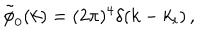
\tilde { \phi } _ { 0 } ( k ) = ( 2 \pi ) ^ { 4 } \delta ( k - k _ { i } ) \, ,